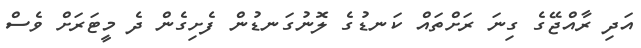
އަދި ރާއްޖޭގެ ގިނަ ރަށްތައް ކަނޑުގެ ލޮނުގަނޑުން ފެށިގެން ދެ މީޓަރަށް ވެސް